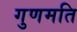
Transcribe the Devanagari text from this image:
गुणमति